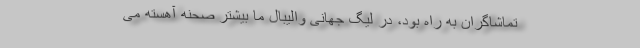
تماشاگران به راه بود، در لیگ جهانی والیبال ما بیشتر صحنه آهسته می